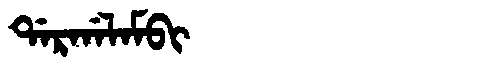
Manchu: ᡩᠠᡵᡤᠠᠯᠠᠮᠪᡳ
Romanization: DARGALAMBI